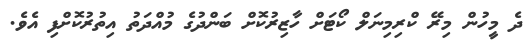
ދެ މީހުން މިރޭ ކްރިމިނަލް ކޯޓަށް ހާޒިރުކޮށް ބަންދުގެ މުއްދަތު އިތުރުކޮށްފި އެވެ.